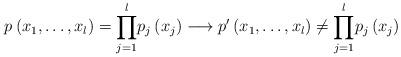
LaTeX: \begin{align*}p_{}\left( x_{1},\ldots,x_{l}\right) ={\displaystyle\prod\limits_{j=1}^{l}}p_{j}\left( x_{j}\right) \overset{}{\longrightarrow}p_{}^{\prime}\left( x_{1},\ldots,x_{l}\right) \neq{\displaystyle\prod\limits_{j=1}^{l}}p_{j}\left( x_{j}\right) \end{align*}